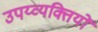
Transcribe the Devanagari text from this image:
उपय्व्यक्तियों